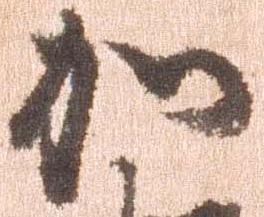
加